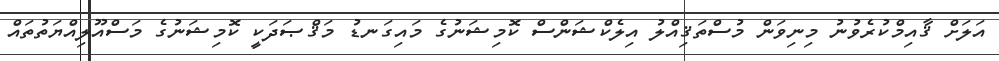
އަލަށް ޤާއިމްކުރެވުނު މިނިވަން މުސްތަޤިއްލު އިލެކްޝަންސް ކޮމިޝަނުގެ މައިގަނޑު މަޤްޞަދަކީ ކޮމިޝަނުގެ މަސްއޫލިއްޔަތުތައް